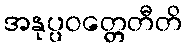
အနုပ္ပဝတ္တေတီတိ